Document type: Sale
Year: 1499
Scribe: Joan Martínez de Sòria
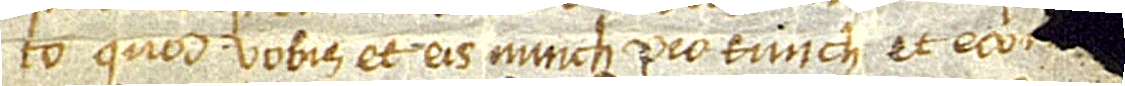
to, quod vobis et eis nunch pro tunch et eco[...] [...]